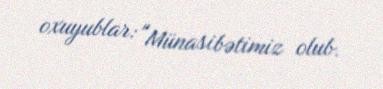
oxuyublar: "Münasibətimiz olub.